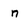
Character: n